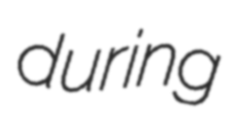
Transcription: during